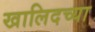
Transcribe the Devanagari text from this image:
खालिदच्या